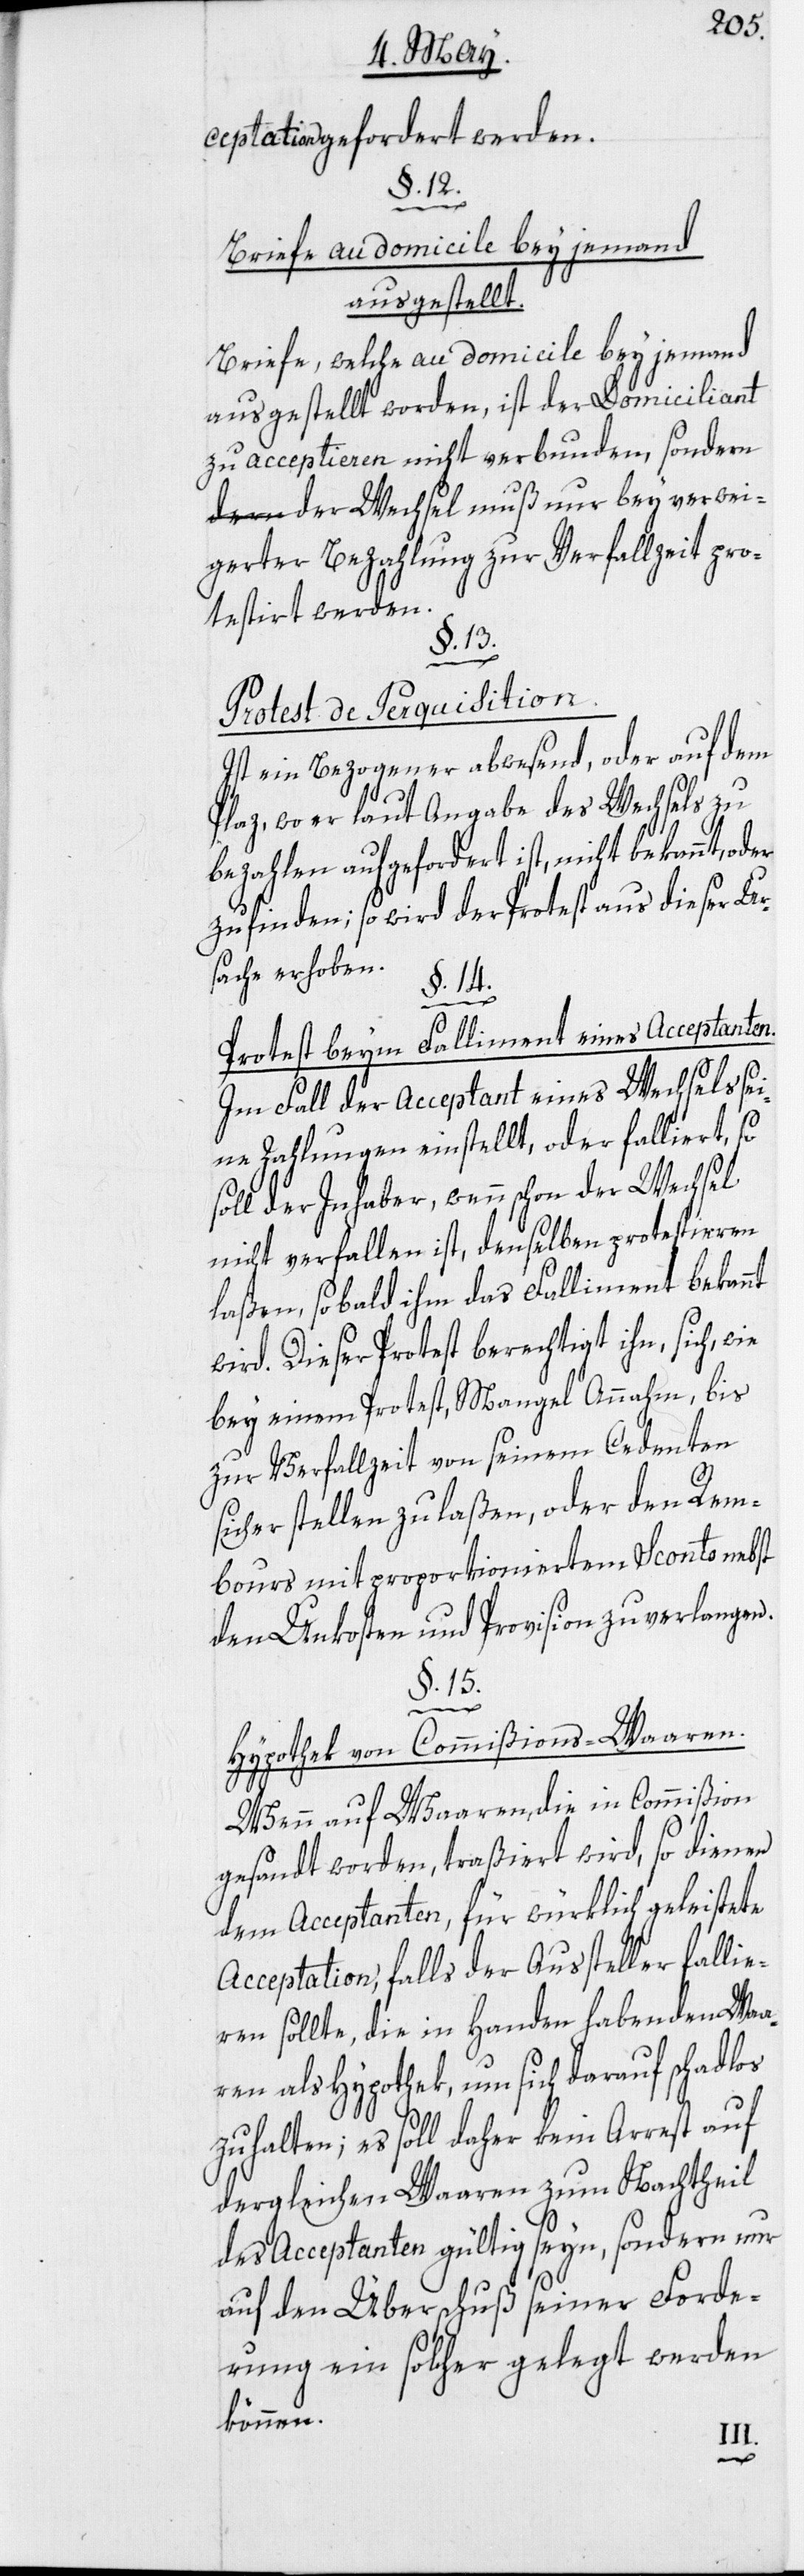
ceptation gefordert werden.
§. 12.
Briefe au domicile bey jemand
ausgestellt.
Briefe, welche au domicile bey jemand
ausgestellt worden, ist der Domiciliant
zu acceptieren nicht verbunden, sondern
der Wechsel muß nur bey verwei¬
gerter Bezahlung zur Verfallzeit pro¬
testirt werden.
§. 13.
Protest de Perquisition.
Ist ein Bezogener abwesend, oder auf dem
Plaz, wo er laut Angabe des Wechsels zu
bezahlen aufgefordert ist, nicht bekannt, oder
zu finden; so wird der Protest aus dieser Ur¬
sache erhoben.
§. 14.
Protest beym Falliment eines Acceptanten.
Im Fall der Acceptant eines Wechsels sei¬
ne Zahlungen einstellt, oder falliert, so
soll der Inhaber, wenn schon der Wechsel
nicht verfallen ist, denselben protestieren
laßen, so bald ihm das Falliment bekannt
wird. Dieser Protest berechtigt ihn, sich, w¬
zur Verfallzeit von seinem Cedenten
sicher stellen zu laßen, oder den Rem¬
bours mit proportioniertem Sconto nebst
den Unkosten und Provision zu verlangen.
§. 15.
Hypothek von Commißions-Waaren.
Wenn auf Waaren, die in Commißion
gesandt worden, traßiert wird, so dienen
dem Acceptanten, für würklich geleistete
Acceptation, falls der Aussteller fallie¬
ren sollte, die in Handen habenden Waa¬
ren als Hypothek, um sich darauf schadlos
zu halten; es soll daher kein Arrest auf
dergleichen Waaren zum Nachtheil
des Acceptanten gültig seyn, sondern nur
auf den Überschuß seiner Forde¬
rung ein solcher gelegt werden
können.
bis